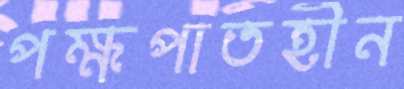
পক্ষপাতহীন